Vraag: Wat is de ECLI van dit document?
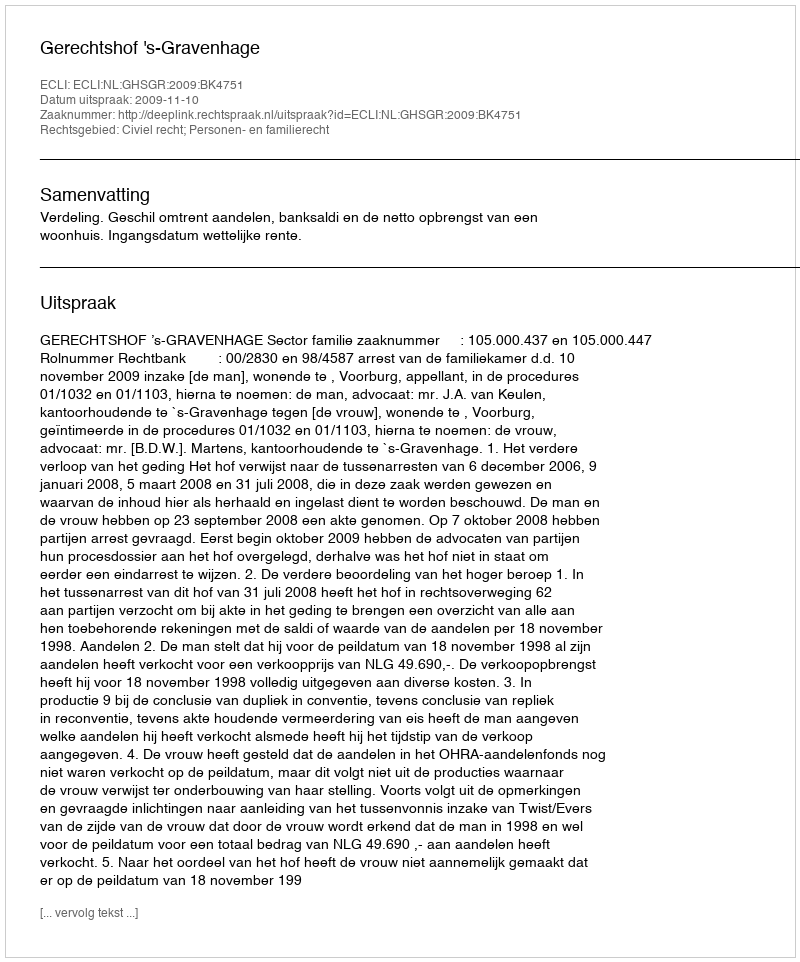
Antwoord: ECLI:NL:GHSGR:2009:BK4751